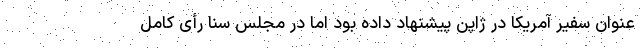
عنوان سفیر آمریکا در ژاپن پیشنهاد داده بود اما در مجلس سنا رأی کامل